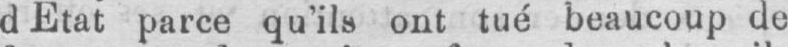
d Etat parce qu’ils ont tué beaucoup de